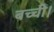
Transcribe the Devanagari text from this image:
बच्ची।